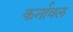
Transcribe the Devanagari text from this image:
कर्नावल